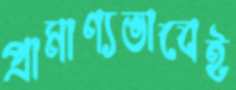
প্রামাণ্যভাবেই